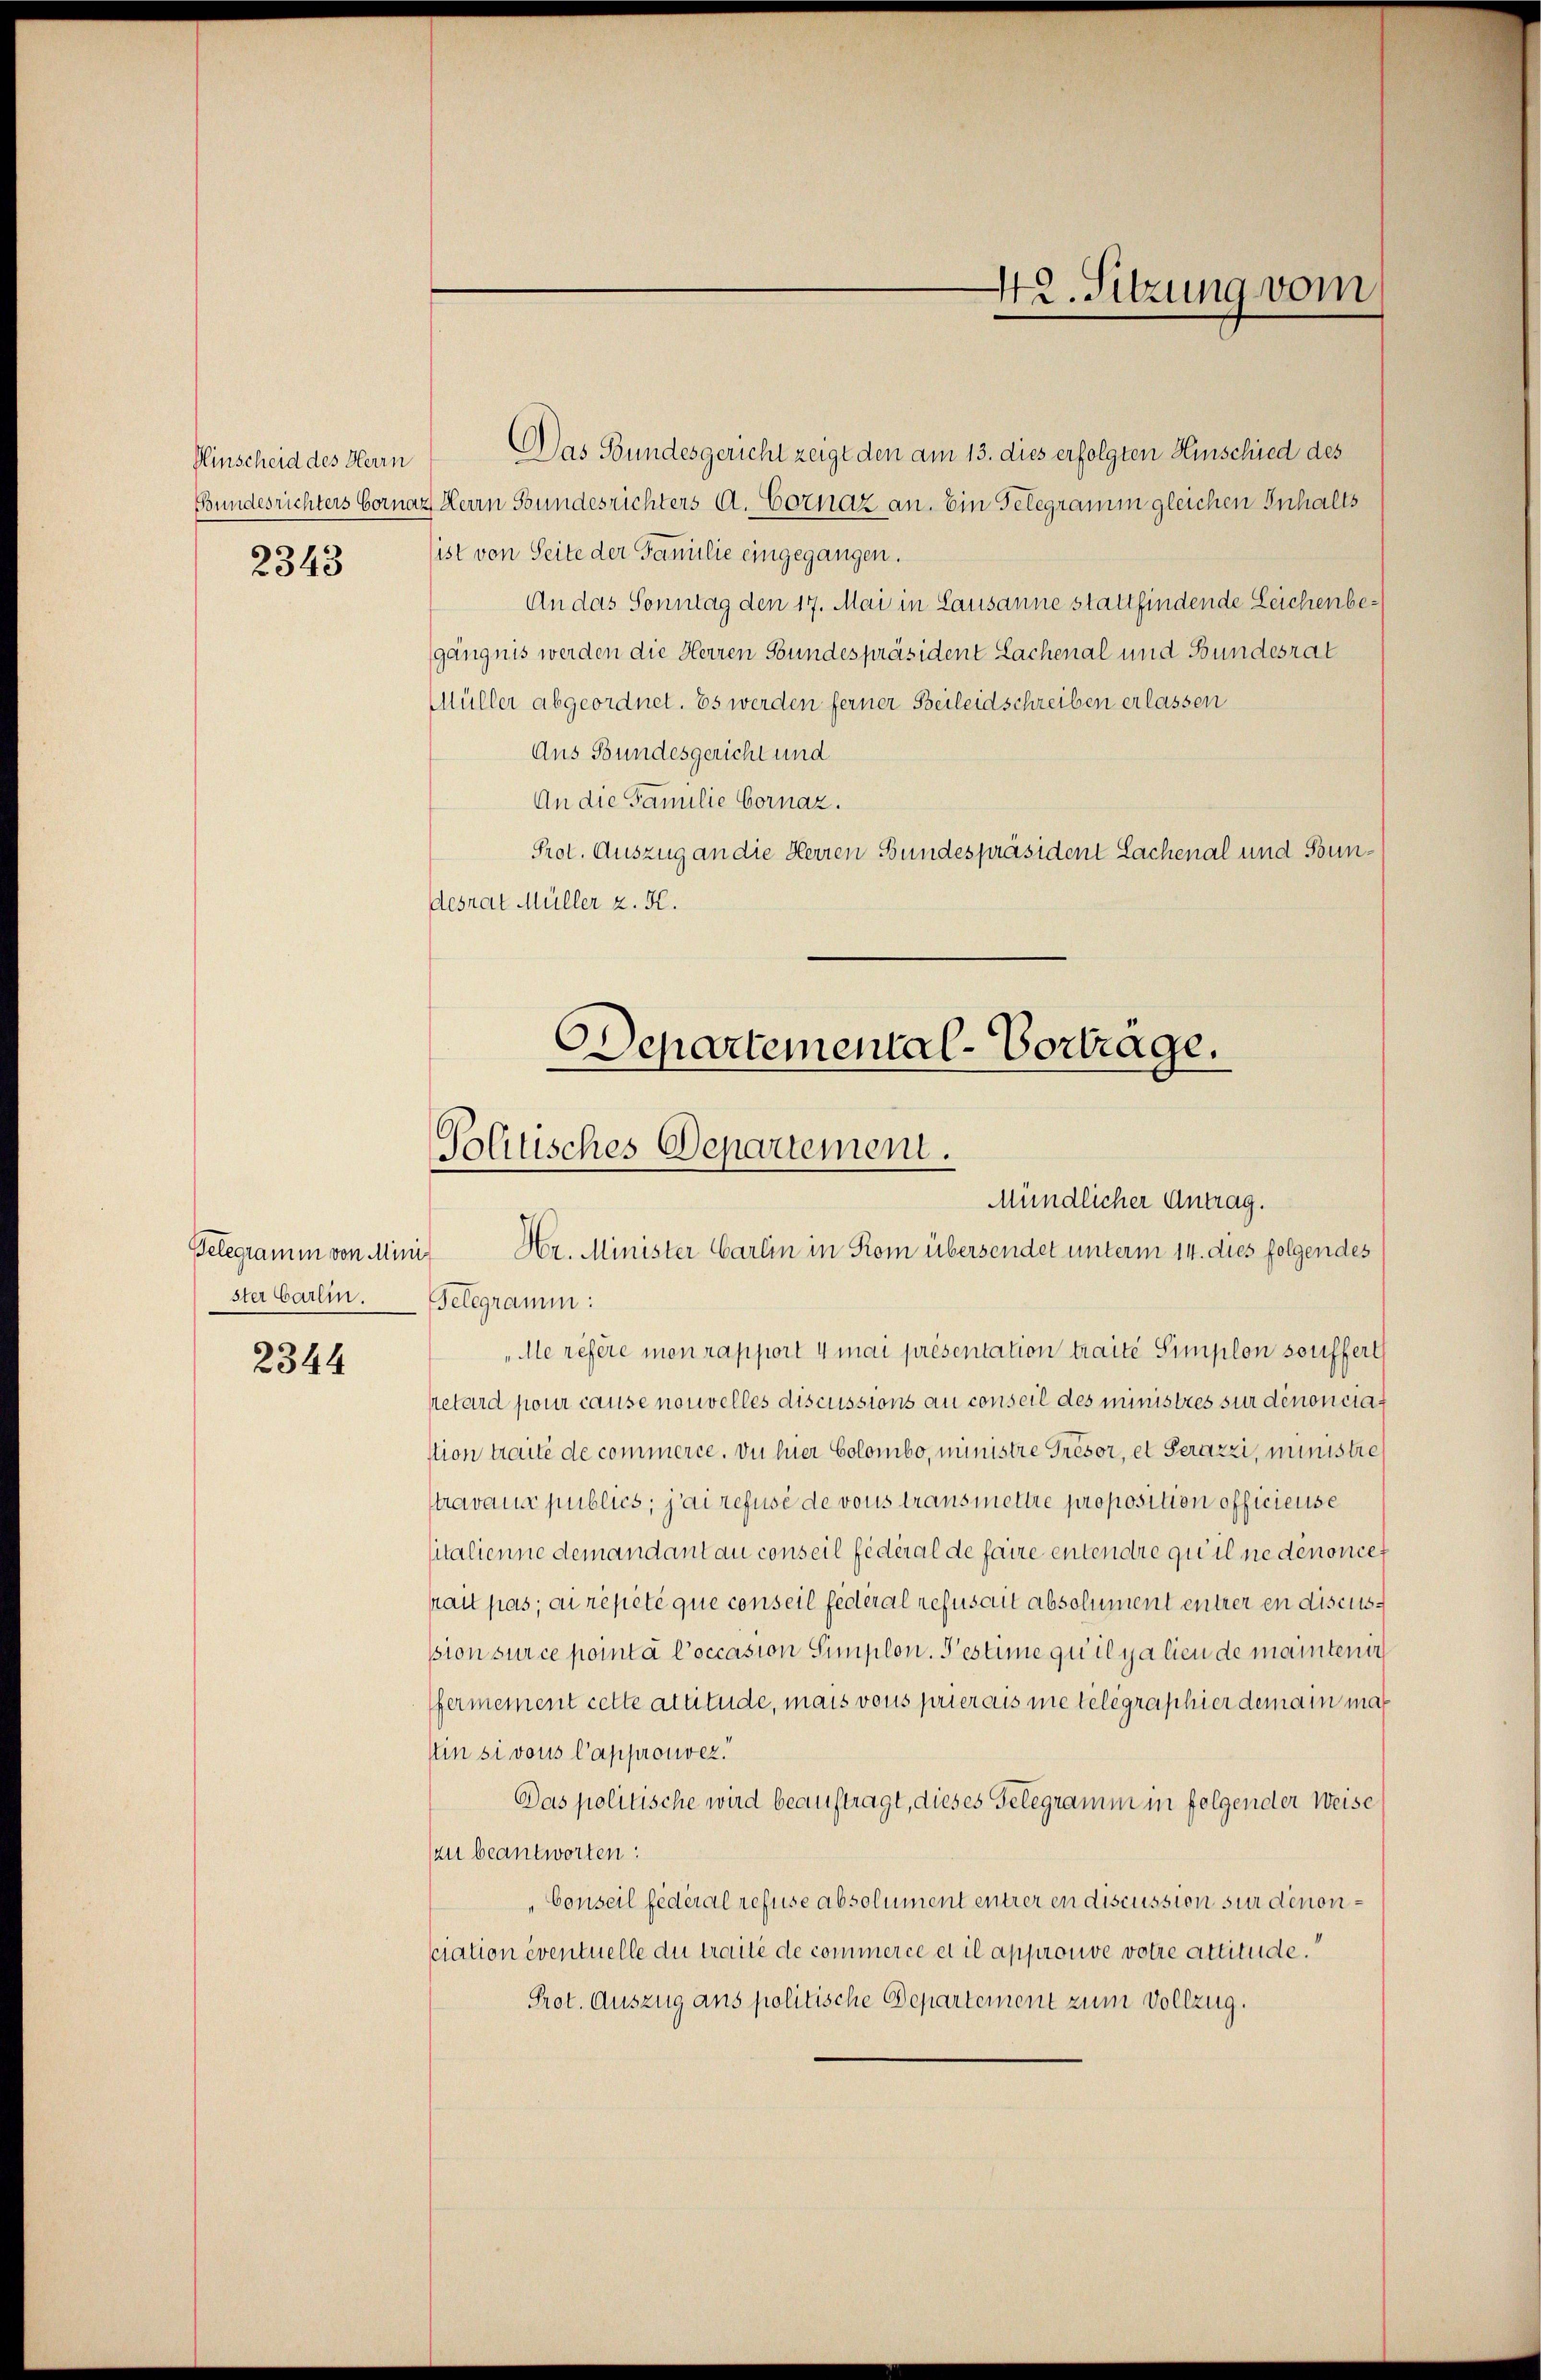
Hinscheid des Herrn
Bundesrichters Form
2343

Pelegramm von Mini
ster Carlin.
2344

42. Sitzung vom

Departemental-Vortrage.
Politisches Departement.
Mündlicher Antrag.
Hr. Minister Carlin in Rom übersendet unterm 14. dies folgendes

Das Bundesgericht zeigt den am 13. dies erfolgten Hirschied des
4 Herrn Stundesrichters A. Cornaz an. Ein Gelegramm gleichen Inhalts
list von Seite der Familie eingegangen.
An das Sonntag den 17. Mai in Lausanne stattfindende Leichenbegängnis werden die Herren Stundespräsident Lachenal und Bundesrat
Müller abgeordnet. Es werden ferner Beileidschreiben erlassen
Aus Bundesgericht und
An die Familie Cornaz.
Prot. Auszug an die Herren Bundespräsident Lachenal und Bundesrat Müller z. K.
Telegramm:
Mle refere men rapport 4 mai présentation traite Simplon souffert
retard pour cause nouvelles discussions au conseil des ministres sur dénonciat
stion traite de commerce. Du hier Colombo, ministre Présor, et Serazzi, ministre
travaux publics; jai refusé de vous transmettre proposition officierse
italienne demandant au conseil fédéral de faire entendre qu’il ne denonces
hait pas, au repeté que conseil federal refusait absolument entrer in discuspion surce porta Coccasion Simplon. Testime qu’il yalien de maintenir
fermement cette attitude, mais vous prierais ne telegraphier dem ain ma¬
Ein si vons Capprouvez.
Das politische wird beauftragt, dieses Gelegramm in folgender Weise
zu beantworten:
Conseil federal refuse absolument entrer en discussion sur denonsciation eventuelle du traite de commerce et il approuve votre attitude.
Prot. Auszug ans politische Departement zum Vollzug.